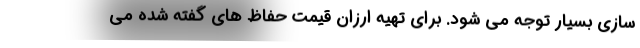
سازی بسیار توجه می شود. برای تهیه ارزان قیمت حفاظ های گفته شده می